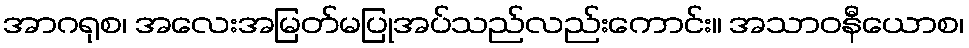
အာဂရုစ၊ အလေးအမြတ်မပြုအပ်သည်လည်းကောင်း။ အသာဝနီယောစ၊